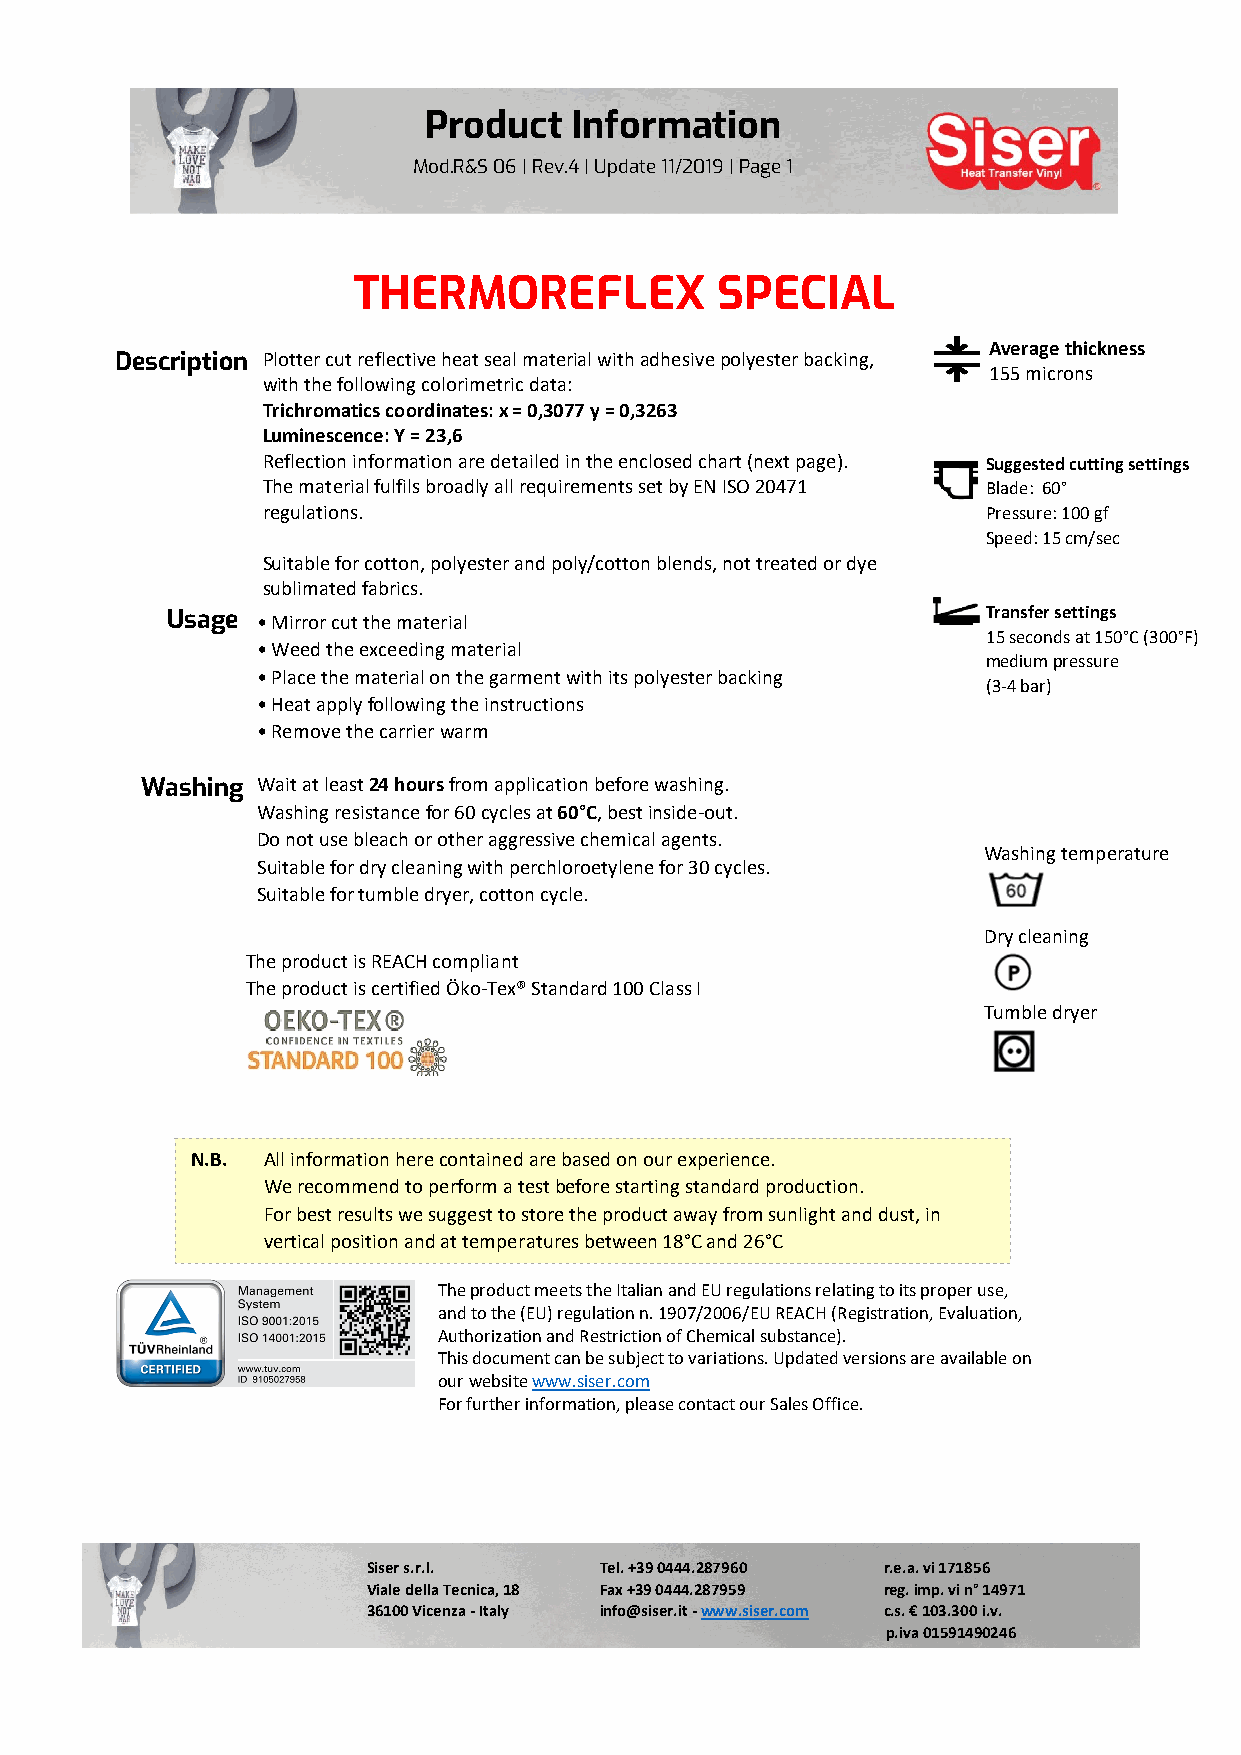
Product   Information
 Mod.R&S 06 | Rev.4 | Update 11/2019 | Page 1
 THERMOREFLEX            SPECIAL
 Average thickness
 Description Plotte r cut reflective heat seal material with adhesive polyester backing,
 155 microns
 with the following colorimetric data:
 Trichromatics coordinates: x = 0,3077 y = 0,3263
 Luminescence: Y = 23,6
 Reflection information are detailed in the enclosed chart (next page). Suggested cutting settings
 The material fulfils broadly all requirements set by EN ISO 20471 Blade: 60°
 regul ations.                                   Pressure: 100 gf
 Speed: 15 cm/sec
 Suitable for cotton, polyester and poly/cotton blends, not treated or dye
 sublimated fabrics.
 Usage • Mirr or cut th e materi al                    Transfer settings
 15 seconds at 150°C (300°F)
 • Weed the exceeding material
 medium pressure
 • Place the material on the garment with its polyester backing
 (3-4 bar)
 • Heat apply following the instructions
 • Remove the carrier warm
 Washing Wait a t least 24 hours from application before washing.
 Washing resistance for 60 cycles at 60°C, best inside-out.
 Do not use bleach or other aggressive chemical agents.
 Washing temperature
 Suitable for dry cleaning with perchloroetylene for 30 cycles.
 Suitable for tumble dryer, cotton cycle.
 Dry cleaning
 The product is RE ACH compliant
 The product is certified Öko-Tex® Standard 100 Class I
 Tumble dryer
 N.B. All information here contained are based on our experience.
 We recommend to perform a test before starting standard production.
 For best results we suggest to store the product away from sunlight and dust, in
 vertical position and at temperatures between 18°C and 26°C
 The product meets the Italian and EU regulations relating to its proper use,
 and to the (EU) regulation n. 1907/2006/EU REACH (Registration, Evaluation,
 Authorization and Restriction of Chemical substance).
 This document can be subject to variations. Updated versions are available on
 our website www.siser.com
 For further information, please contact our Sales Office.
 Siser s.r.l.    Tel. +39 0444.287960 r.e.a. vi 171856
 Viale della Tecnica, 18 Fax +39 0444.287959 reg. imp. vi n° 14971
 36100 Vicenza - Italy info@siser.it - www.siser.com c.s. € 103.300 i.v.
 p.iva 01591490246